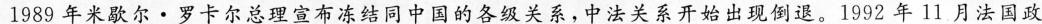
1989年米歇尔·罗卡尔总理宣布冻结同中国的各级关系，中法关系开始出现倒退。1992年11月法国政